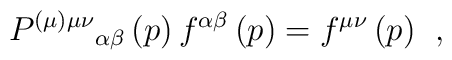
P^{(\mu )\mu \nu }{}_{\alpha \beta }\left( p\right) f^{\alpha\beta }\left( p\right) =f^{\mu \nu }\left( p\right) \;\,,